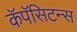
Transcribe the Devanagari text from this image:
कॅपॅसिटन्स